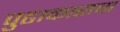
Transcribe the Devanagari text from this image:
पुढाकाराचा